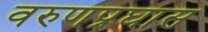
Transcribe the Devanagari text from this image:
वरुणप्रघास